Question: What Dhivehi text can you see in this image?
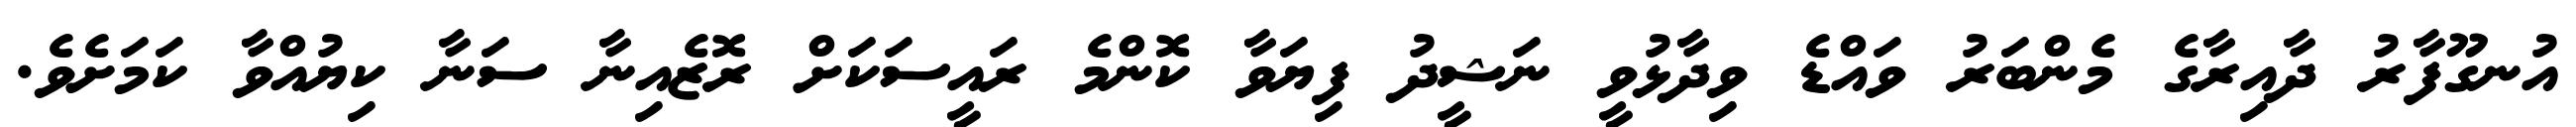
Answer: އުނގޫފާރު ދާއިރާގެ މެންބަރު ވައްޑެ ވިދާޅުވީ ނަޝީދު ފިޔަވާ ކޮންމެ ރައީސަކަށް ރޮޒެއިނާ ސަނާ ކިޔުއްވާ ކަމަށެވެ.